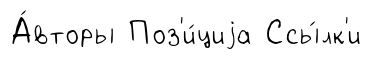
А́вторы Поз'и́циjа Ссы́лк'и